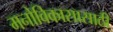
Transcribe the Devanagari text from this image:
मनोविकासासाठी